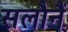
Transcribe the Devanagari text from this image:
सलौनैं